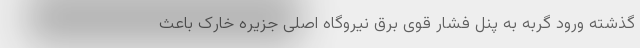
گذشته ورود گربه به پنل فشار قوی برق نیروگاه اصلی جزیره خارک باعث